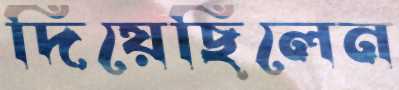
দিয়েছিলেন